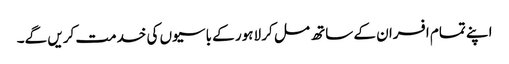
اپنے تمام افسران کے ساتھ مل کر لاہور کے باسیوں کی خدمت کریں گے۔